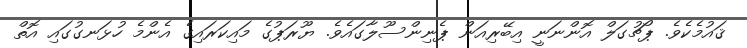
ޤައުމެކެވެ. ޕޯޗުގަލް އޮންނަނީ އިބޭރިއަން ޕެނިންސޫލާގައެވެ. ޔޫރަޕުގެ މައިކަރައިގެ އެންމެ ހުޅަނގުގައި އޮތް